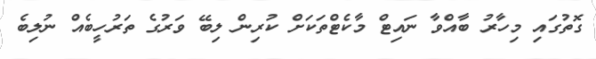
ގޮތުގައި މިހާރު ބާއްވާ ނައިޓް މާކެޓްތަކަށް ކުރިން ލިބޭ ވަރުގެ ތަރުހީބެއް ނުލިބެ